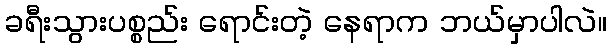
ခရီးသွားပစ္စည်း ရောင်းတဲ့ နေရာက ဘယ်မှာပါလဲ။